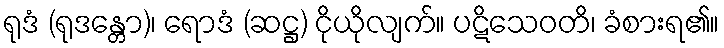
ရုဒံ (ရုဒန္တော)၊ ရောဒံ (ဆဋ္ဌ) ငိုယိုလျက်။ ပဋိသေဝတိ၊ ခံစားရ၏။